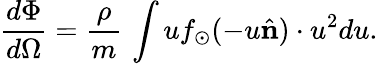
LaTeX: \frac{d\Phi}{d\Omega}=\frac{\rho}{m}\, \int uf_{\odot}(-u\hat{\mathbf n})\cdot u^{2}du.